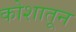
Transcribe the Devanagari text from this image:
कोशातून